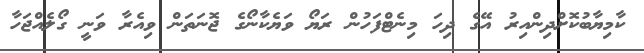
ކާމިޔާބުކޮށްދިންއިރު އޭގެ ދިހަ މިނެޓްފަހުން ރަޔޯ ވަޔެކާނޯގެ ޖޮނަތަން ވިއެރާ ވަނީ ގޯލެއްޖަހާ